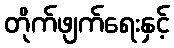
တိုက်ဖျက်ရေးနှင့်